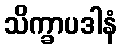
သိက္ခာပဒါနံ